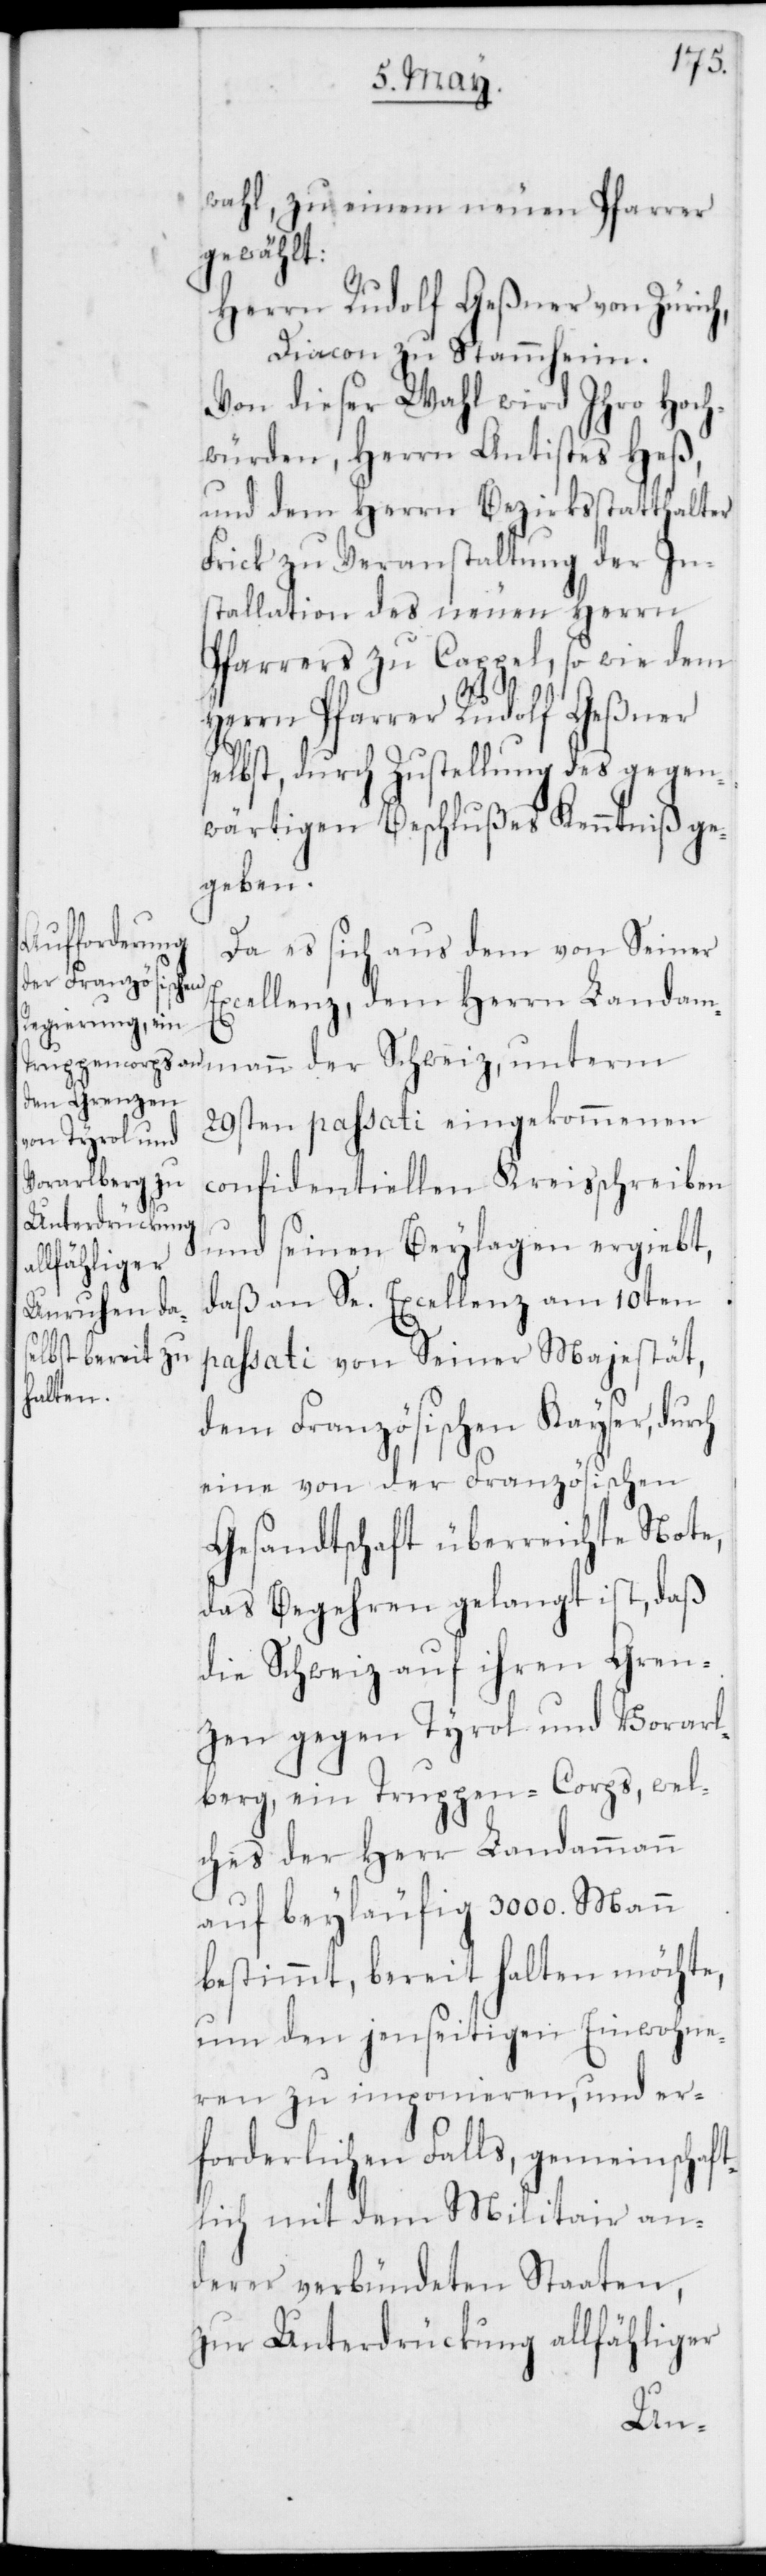
wahl zu einem neuen Pfarrer
gewählt:
Herrn Rudolf Geßner von Zürich,
Diacon zu Stammheim.
Von dieser Wahl wird Ihro Hoch¬
würden, Herrn Antistes Heß
und dem Herrn Bezirksstatthalter
Frick zu Veranstaltung der In¬
stallation des neuen Herrn
Pfarrers zu Cappel, so wie dem
Herrn Pfarrer Rudolf Geßner
selbst, durch Zustellung des gegen¬
wärtigen Beschlußes Kenntniß ge¬
geben.
Da es sich aus dem von Seiner
Excellenz, dem Herrn Landam¬
29sten passati eingekommenen
confidentiellen Kreisschreiben
und seinen Beylagen ergiebt,
daß an Se. Excellenz am 10ten
passati von Seiner Majestät,
dem Französischen Kayser, durch
eine von der Französischen
Gesandtschaft überreichte Note,
das Begehren gelangt ist, daß
die Schweiz auf ihren Gren¬
zen gegen Tyrol und Vorarl¬
berg, ein Truppen-Corps, wel¬
ches der Herr Landammann
auf beyläufig 3000. Mann
bestimmt, bereit halten möchte,
um den jenseitigen Einwohne¬
ren zu imponieren, und er¬
forderlichen Falls, gemeinschaft¬
lich mit dem Militair an¬
derer verbündeter Staaten,
zur Unterdrückung allfähliger
mann